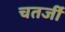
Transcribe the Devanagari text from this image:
चतर्जी